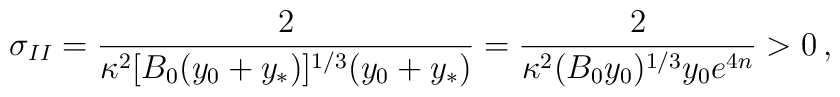
\sigma_{II} ={2 \over \kappa^2[B_0(y_0+y_*)]^{1/3}(y_0+y_*)}={2\over \kappa^2(B_0y_0)^{1/3}y_0e^{4n}} >0\,,